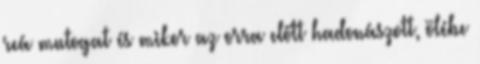
reá mutogat és mikor az orra előtt hadonászott, ölébe